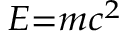
\scriptstyle { E = m c ^ { 2 } }